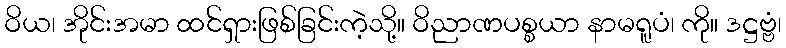
ဝိယ၊ အိုင်းအမာ ထင်ရှားဖြစ်ခြင်းကဲ့သို့။ ဝိညာဏပစ္စယာ နာမရူပံ၊ ကို။ ဒဋ္ဌဗ္ဗံ၊